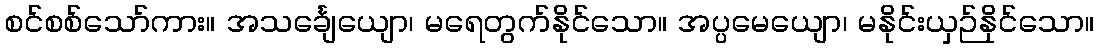
စင်စစ်သော်ကား။ အသင်္ချေယျော၊ မရေတွက်နိုင်သော။ အပ္ပမေယျော၊ မနိုင်းယှဉ်နိုင်သော။